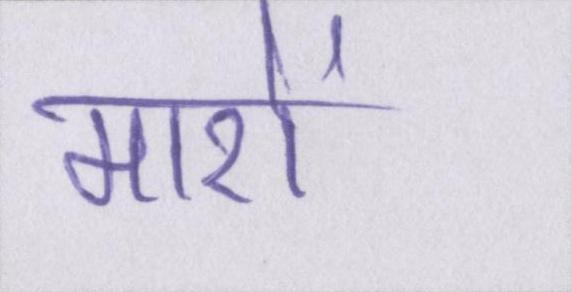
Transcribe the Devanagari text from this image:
मारों